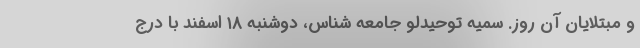
و مبتلایان آن روز. سمیه توحیدلو جامعه شناس، دوشنبه ۱۸ اسفند با درج